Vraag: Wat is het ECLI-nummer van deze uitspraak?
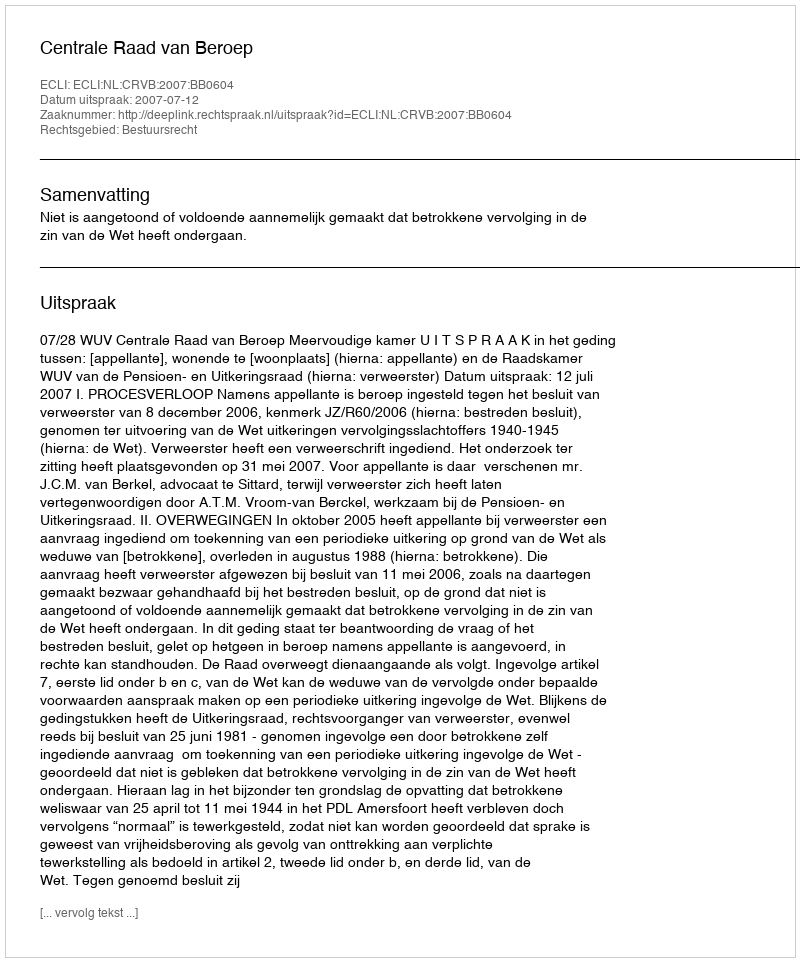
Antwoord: ECLI:NL:CRVB:2007:BB0604